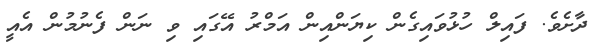
ދާށެވެ. ފައިލް ހުޅުވައިގެން ކިޔަންއިން އަމްރު އޭގައި ވި ނަން ފެނުމުން އެއީ